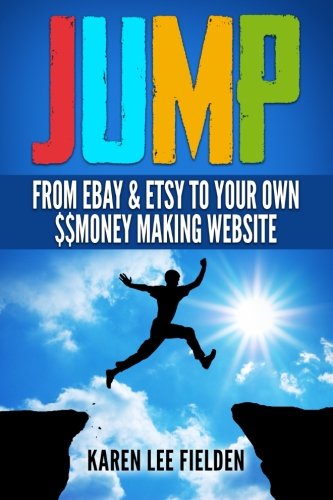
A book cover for Jump: From Ebay & Etsy To Your Own Money Making Website; Karen Lee Fielden; Computers & Technology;